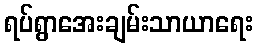
ရပ်ရွာအေးချမ်းသာယာရေး